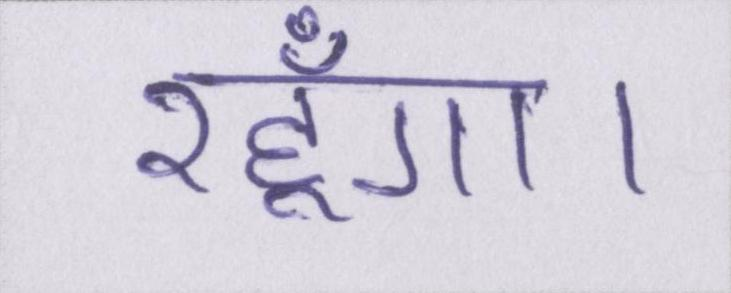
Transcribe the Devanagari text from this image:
रहूँगा।